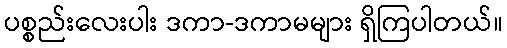
ပစ္စည်းလေးပါး ဒကာ-ဒကာမများ ရှိကြပါတယ်။